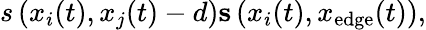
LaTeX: \begin{array}{r}{s\left(x_{i}(t),x_{j}(t)-d\right)\le s\left(x_{i}(t),x_{\mathrm{edge}}(t)\right),}\end{array}